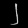
Digit: ၂